Annual report on the working of the Harcourt Butler Institute of Public Health, Rangoon
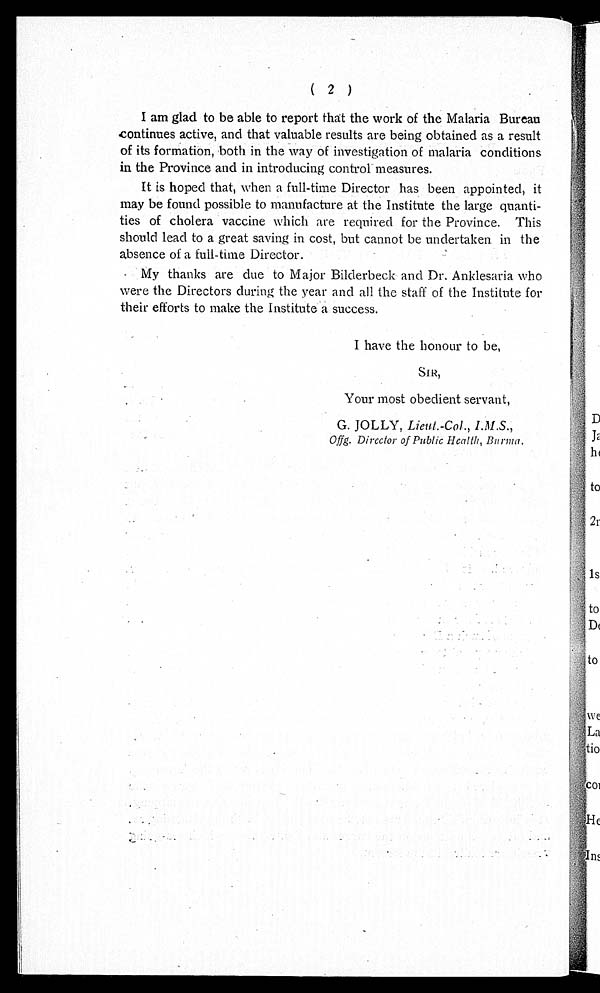
I am glad to be able to report that the work of the Malaria Bureau
continues active, and that valuable results are being obtained as a result
of its formation, both in the way of investigation of malaria conditions
in the Province and in introducing control measures.
It is hoped that, when a full-time Director has been appointed, it
may be found possible to manufacture at the Institute the large quanti
-ties of cholera vaccine which are required for the Province. This
should lead to a great saving in cost, but cannot be undertaken in the
absence of a full-time Director.
My thanks are due to Major Bilderbeck and Dr. Anklesaria who
were the Directors during the year and all the staff of the Institute for
their efforts to make the Institute a success.
I have the honour to be,
S IR,
Your most obedient servant,
G. JOLLY, Lieut.-Col., I.M.S.
, O f f g . D i r e c t o r o f P u b l i c H e a l t h , B u r m a .